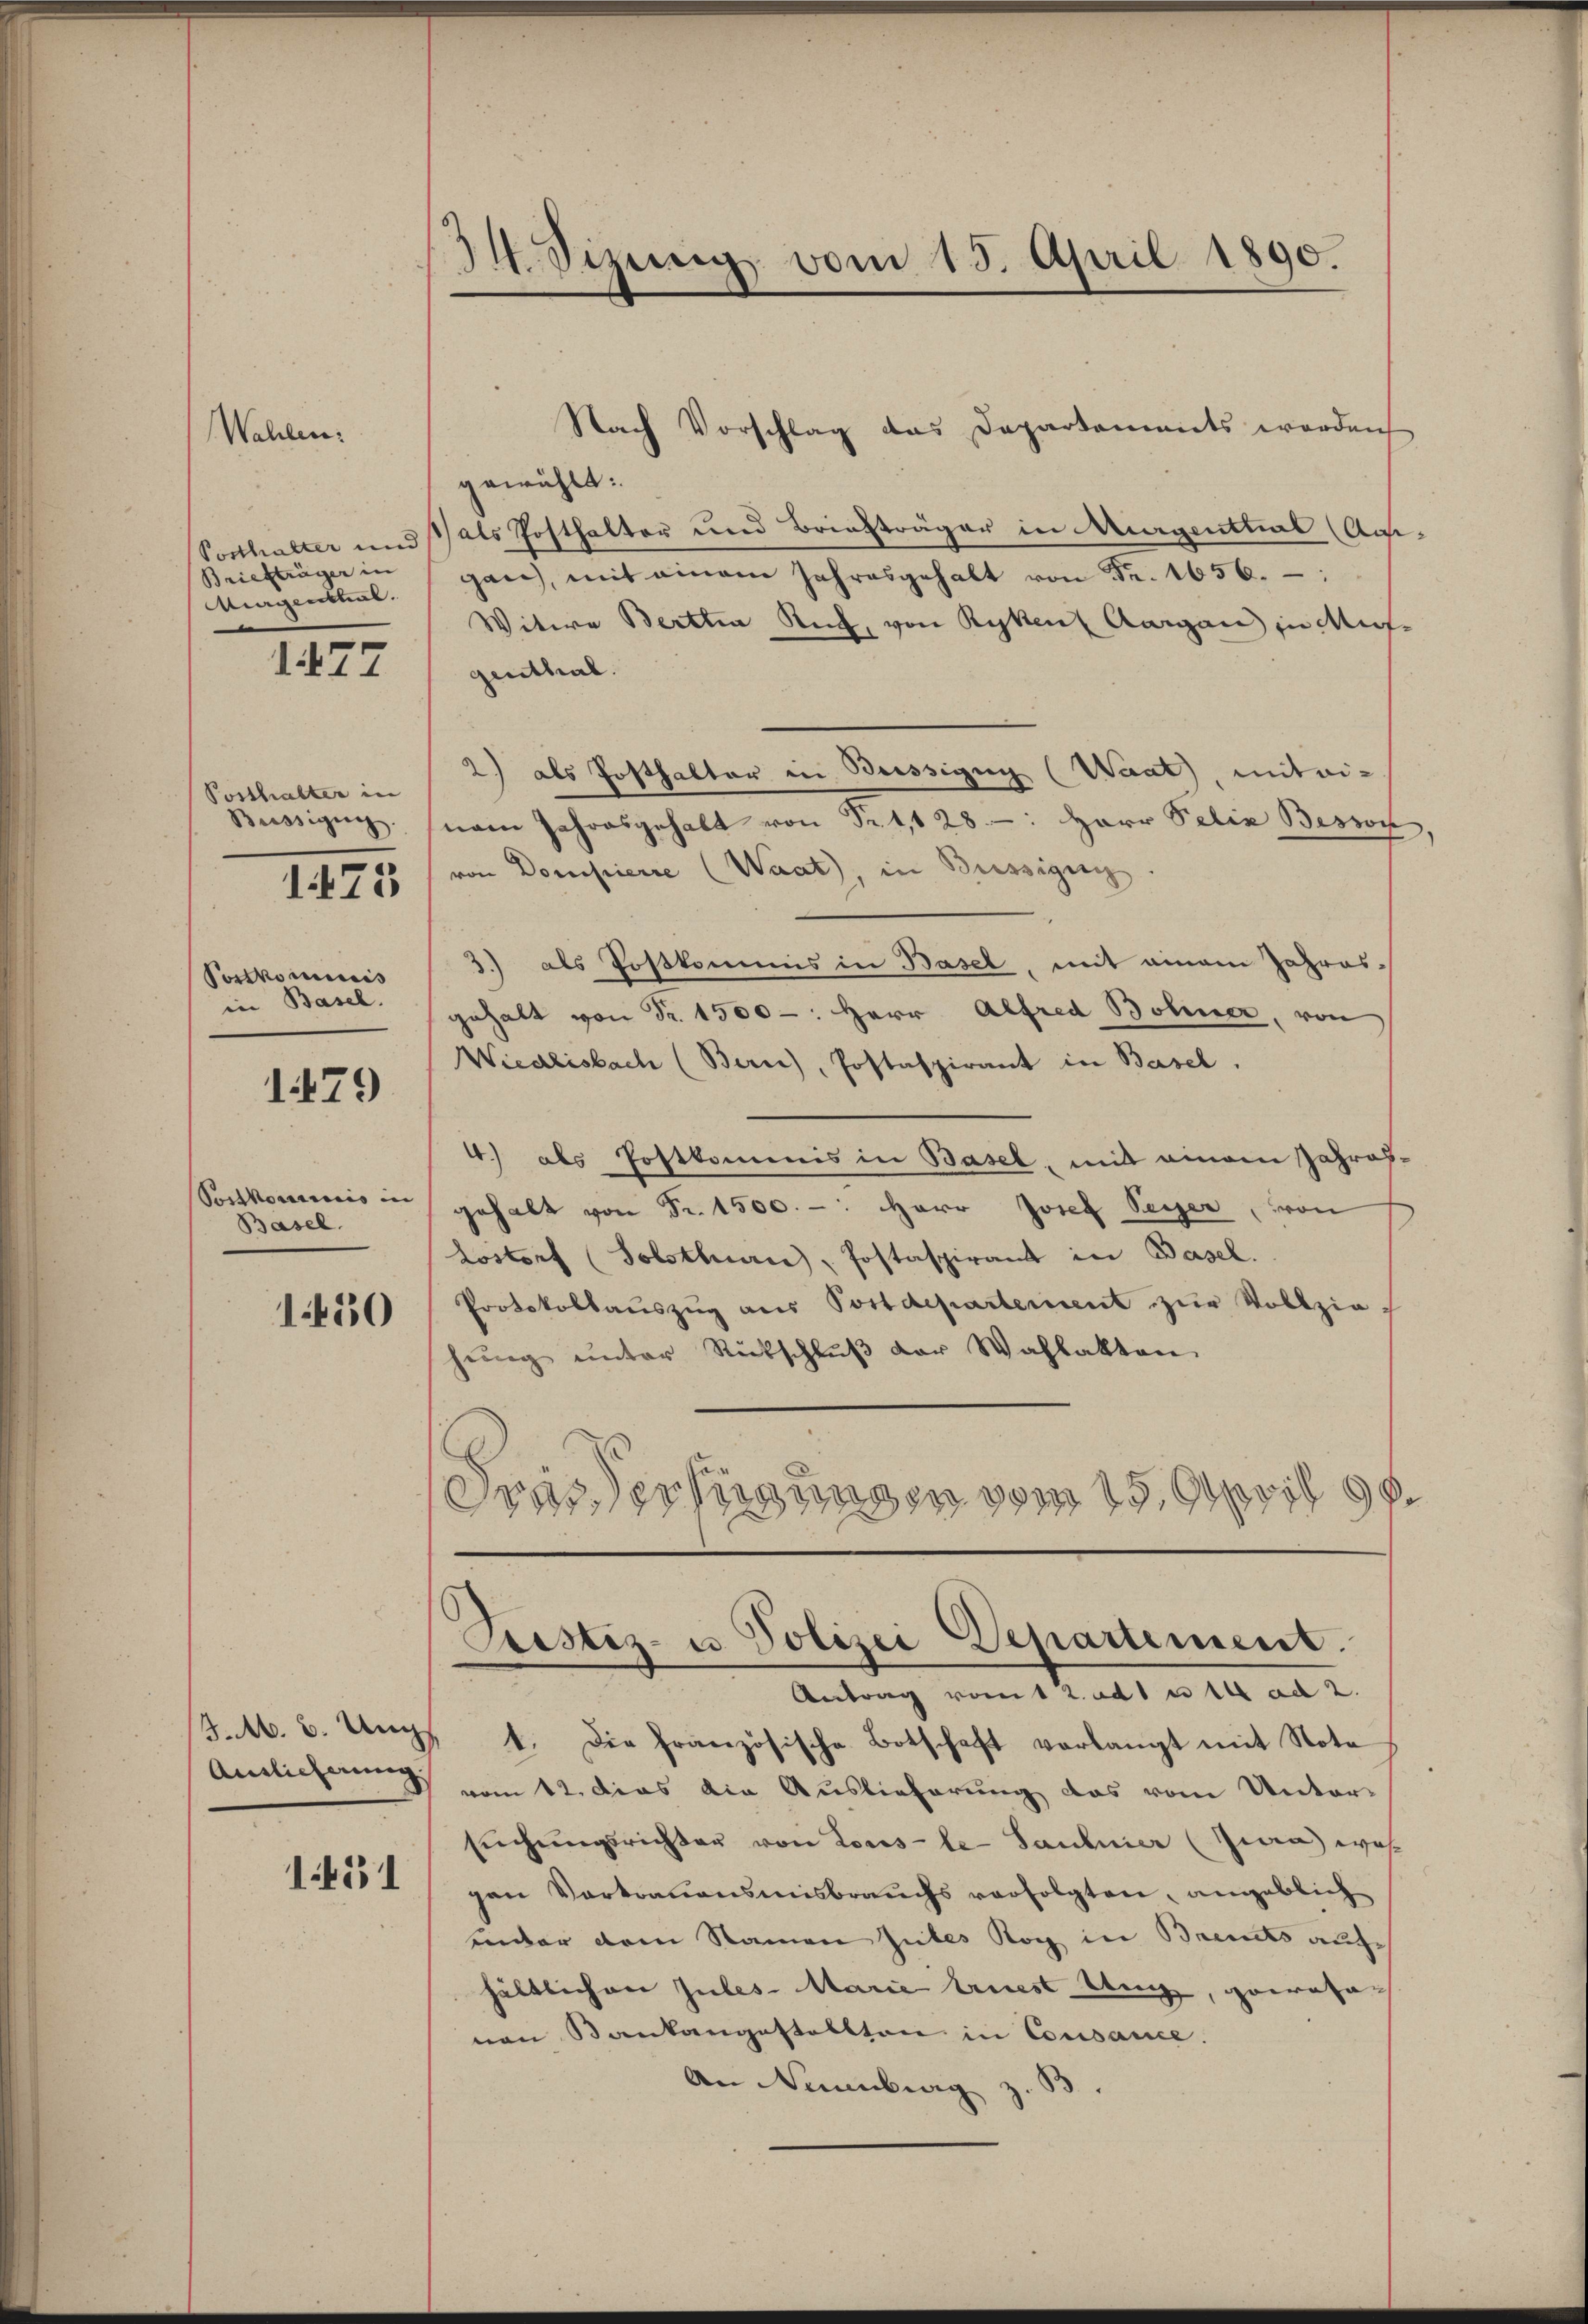
Wahlen:

Briefträger in
Mirgenthal.

1477

Posthalter in
Büssigung.
Postkominis
in Basel.

1173

1479

Postkommnis in
Basel.

1430

1451

14. Sizung vom 15. April 1890.

Nach Vorschlag das Departements werden
gewählt:
Posthalter und als Posthalter und Briefträger in Augenthal (Angan, mit einem Jahresgehalt von Fr. 1656.
Witwe Berttia Ruch, von Rynen Aargau in Mufgenthal.
2) als Posthalter in Beissigug (Waat, mitei-
nem Jahresgehalt von Fr. 1,128-: Herr Felix Beson
von Dompierre (Waat, in Büssigun
3.) als Postkommis in Basel, mit einem Jahresgehalt von Fr. 1500 -: Herr Alfred Bohner, von
Wiedlisbach (Bern), Postaspirant in Basel.
4) als Postkommis in Basel, mit einem Jahresgehalt von Fr. 1500. -: Herr Josef Peyer, von
Lostorf (Solothurn, Postaspirant in Basel.
Protokollaŭszŭg aŭs Postdeparterient zŭr Vollziehŭng ŭnter Rückschlŭβ der Wahlakten
Frasverfügungen vom 15. April 18

Pristiz- u. Polizei Departement.

Antrag vomit 2. ad 1 u 14 ad 2.
4.M. 3. Unzs 1. Die französische Botschaft verlangt mit Note
Anslichung vom 12. dies die Auslieferung das vom Untersŭchŭngsrichten von Lous-le- Sauliner (Zua, was
gen Vortrauensmisbrauchs verfolgten, angeblich
inder dem Namen Gutes Rog in Breits auf
hältlichen Jubes-Marie triest Aug, gerata-
von Bankengestellten in Consance.
An Neuenburg z. B.